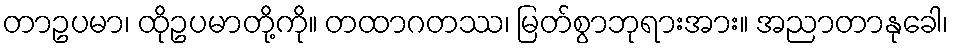
တာဥပမာ၊ ထိုဥပမာတို့ကို။ တထာဂတဿ၊ မြတ်စွာဘုရားအား။ အညာတာနုခေါ၊